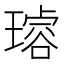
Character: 𤩅